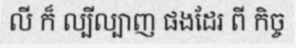
លី ក៏ ល្បីល្បាញ ផងដែរ ពី កិច្ច